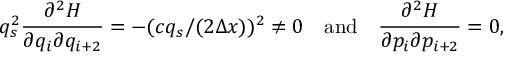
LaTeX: q _ { s } ^ { 2 } { \frac { \partial ^ { 2 } H } { \partial q _ { i } \partial q _ { i + 2 } } } = - ( c q _ { s } / ( 2 \Delta x ) ) ^ { 2 } \neq 0 \quad \mathrm { a n d } \quad { \frac { \partial ^ { 2 } H } { \partial p _ { i } \partial p _ { i + 2 } } } = 0 ,